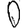
Digit: 0